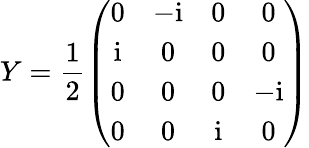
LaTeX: Y=\frac{1}{2}\left(\begin{array}{cccc}{{0}}&{{-\mathrm{i}}}&{{0}}&{{0}}\\ {{\mathrm{i}}}&{{0}}&{{0}}&{{0}}\\ {{0}}&{{0}}&{{0}}&{{-\mathrm{i}}}\\ {{0}}&{{0}}&{{\mathrm{i}}}&{{0}}\end{array}\right)